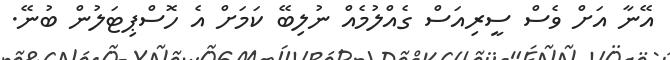
އޭނާ އަށް ވެސް ސީރިއަސް ގެއްލުމެއް ނުލިބޭ ކަމަށް އެ ހޮސްޕިޓަލުން ބުނޭ.